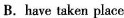
B. have taken place